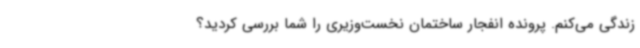
زندگی می‌کنم. پرونده انفجار ساختمان نخست‌وزیری را شما بررسی کردید؟